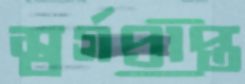
স্বর্গপ্রাপ্ত